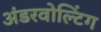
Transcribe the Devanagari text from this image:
अंडरवोल्टिंग